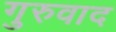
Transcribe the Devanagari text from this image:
गुरुवाद